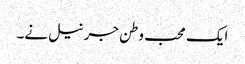
ایک محب وطن جرنیل نے۔